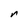
Character: r